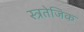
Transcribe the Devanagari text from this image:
स्त्रतेजिक